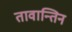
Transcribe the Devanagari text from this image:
तावान्तिन